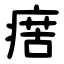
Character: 瘔